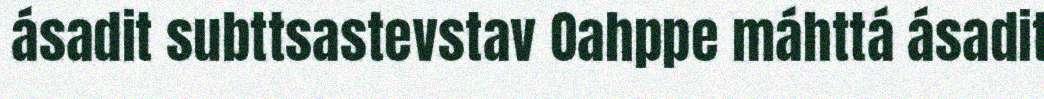
ásadit subttsastevstav Oahppe máhttá ásadit